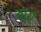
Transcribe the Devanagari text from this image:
बायं